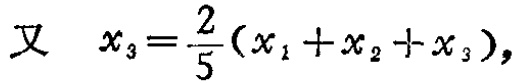
又 \(x_{3}=\frac{2}{5}(x_{1}+x_{2}+x_{3})\)，